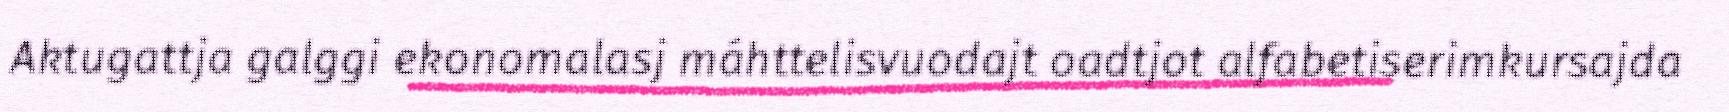
Aktugattja galggi ekonomalasj máhttelisvuodajt oadtjot alfabetiserimkursajda